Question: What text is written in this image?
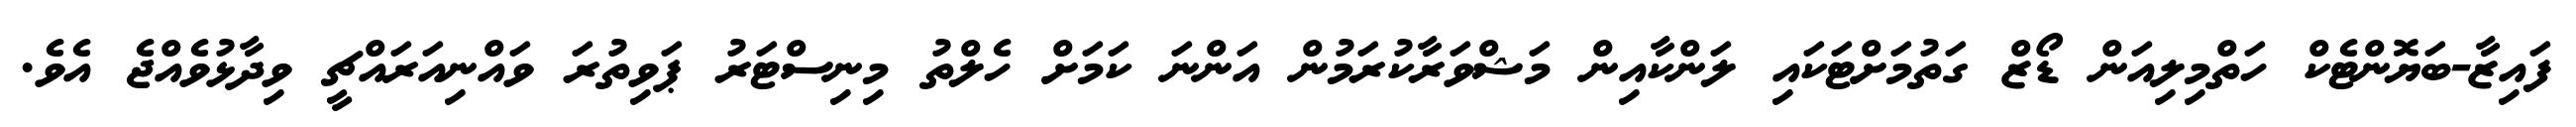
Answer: ފައިޒާ-ބަޔޮންޓެކް ހަތްމިލިއަން ޑޯޒް ގަތުމަށްޓަކައި ލަންކާއިން މަޝްވަރާކުރަމުން އަންނަ ކަމަށް ހެލްތު މިނިސްޓަރު ޕަވިތުރަ ވައްނިއަރައްޗީ ވިދާޅުވެއްޖެ އެވެ.